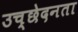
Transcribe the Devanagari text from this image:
उच्छेदनता